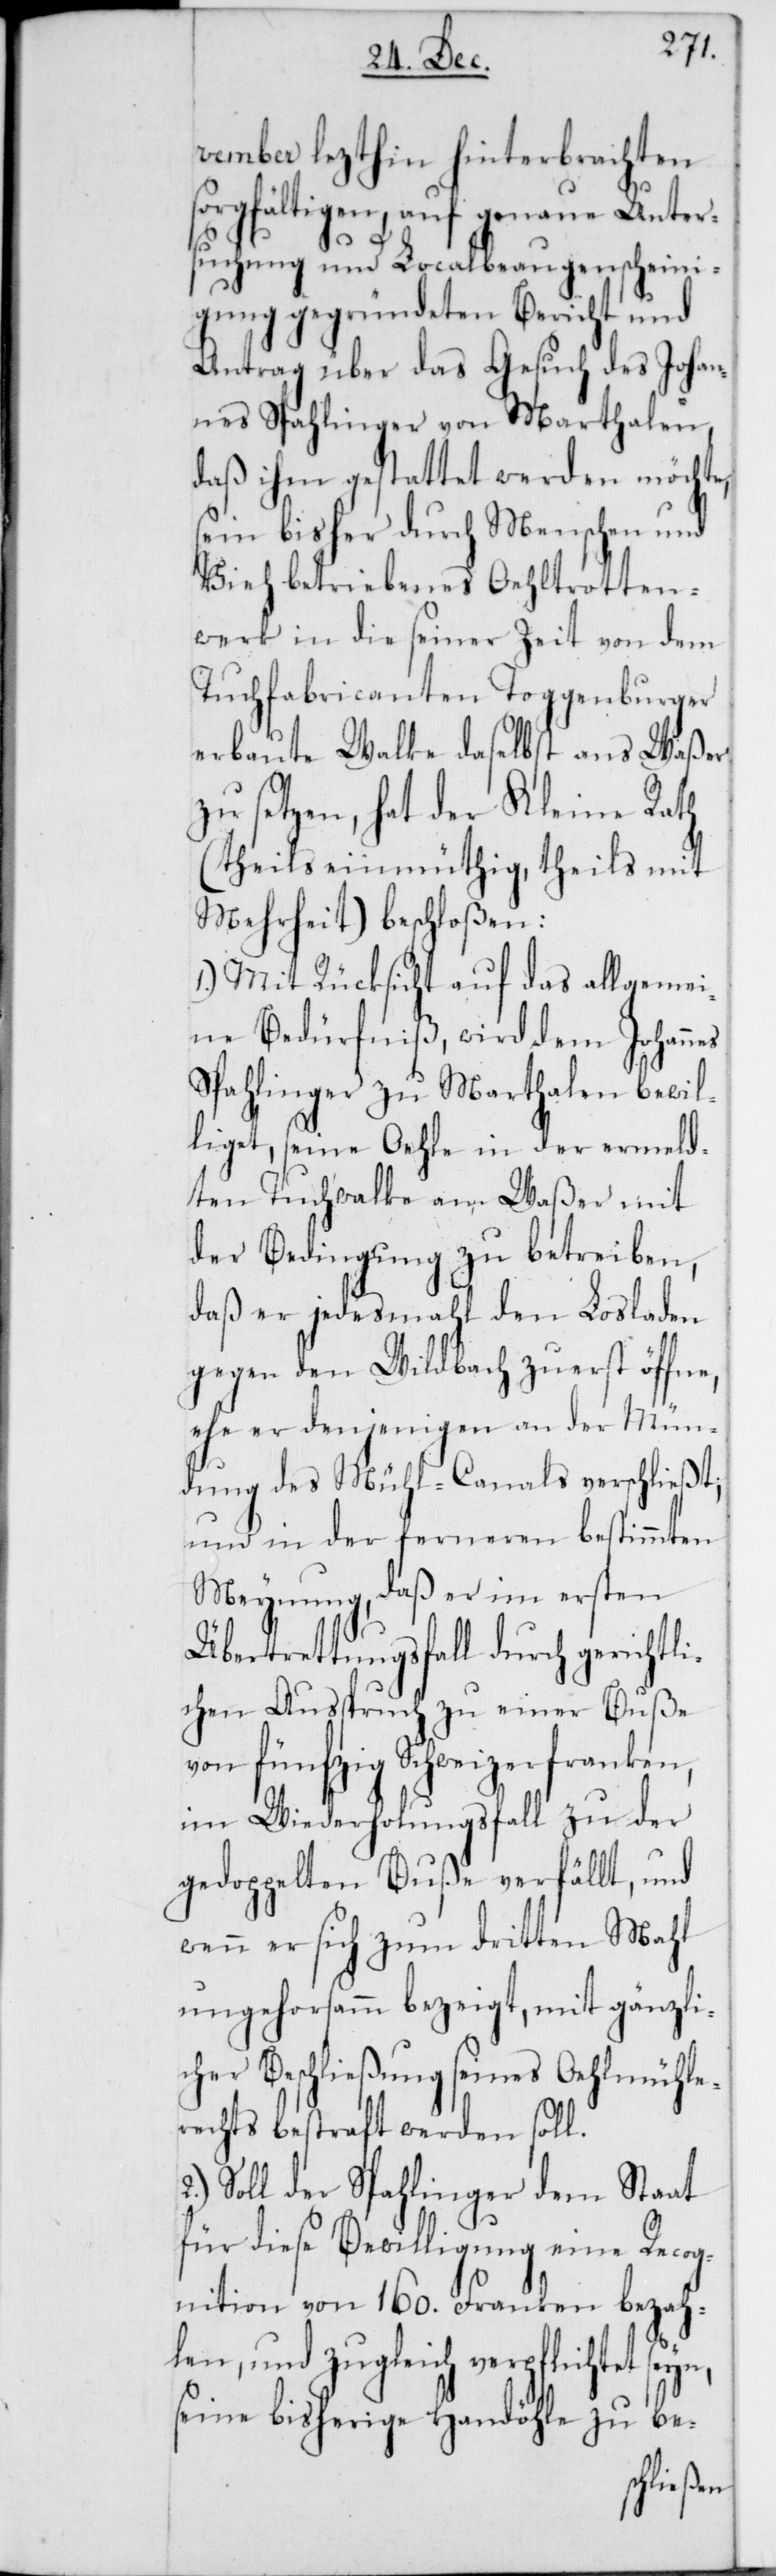
vember lezthin hinterbrachten
sorgfältigen, auf genaue Unter¬
suchung und Localbeaugenscheini¬
gung gegründeten Bericht und
Antrag über das Gesuch des Johan¬
nes Spahlinger von Marthalen,
daß ihm gestattet werden möchte,
sein bisher durch Menschen und
Vieh betriebenes Oehltrotten¬
werk in die seiner Zeit von dem
Tuchfabricanten Toggenburger
erbaute Walke daselbst ans Waßer
zu setzen, hat der Kleine Rath
(theils einmüthig, theils mit
Mehrheit), beschloßen:
1.) Mit Rücksicht auf das allgemei¬
ne Bedürfniß, wird dem Johannes
Spahlinger zu Marthalen bewil¬
liget, seine Oehle in der ermeld¬
ten Tuchwalke am Waßer mit
der Bedingung zu betreiben,
daß er jedesmahl den Losladen
gegen den Wildbach zuerst öffne,
ehe er denjenigen an der Mün¬
dung des Mühl-Canals verschließt,
und in der ferneren bestimmten
Meynung, daß er im ersten
Übertrettungsfall durch gerichtli¬
chen Ausspruch zu einer Buße
von fünfzig Schweizerfranken,
im Wiederholungsfall zu der
gedoppelten Buße verfällt, und
wenn er sich zum dritten Mahl
ungehorsamm bezeigt, mit gänzli¬
cher Beschließung seines Oehlmühle¬
rechts bestraft werden soll.
Soll der Spahlinger dem Staat
für diese Bewilligung eine Recog¬
nition von 160. Franken bezah¬
len, und zugleich verpflichtet seyn,
seine bisherige Handöhle zu be-